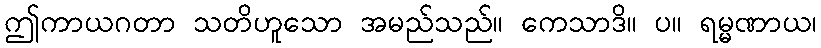
ဤကာယဂတာ သတိဟူသော အမည်သည်။ ကေသာဒိ။ ပ။ ရမ္မဏာယ၊